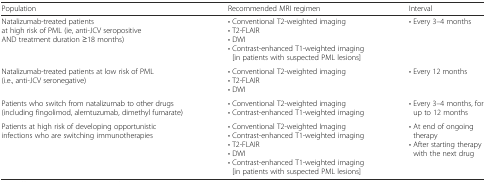
| Population | Recommended MRI regimen | Interval |
 | --- | --- | --- |
 | Natalizumab-treated patientsat high risk of PML (ie, anti-JCV seropositive AND treatment duration ≥18 months) | • Conventional T2-weighted imaging• T2-FLAIR• DWI• Contrast-enhanced T1-weighted imaging [in patients with suspected PML lesions] | • Every 3–4 months |
 | Natalizumab-treated patients at low risk of PML (i.e., anti-JCV seronegative) | • Conventional T2-weighted imaging• T2-FLAIR• DWI | • Every 12 months |
 | Patients who switch from natalizumab to other drugs (including fingolimod, alemtuzumab, dimethyl fumarate) | • Conventional T2-weighted imaging• Contrast-enhanced T1-weighted imaging | • Every 3–4 months, for up to 12 months |
 | Patients at high risk of developing opportunistic infections who are switching immunotherapies | • Conventional T2-weighted Imaging• Contrast-enhanced T1-weighted imaging• T2-FLAIR• DWI• Contrast-enhanced T1-weighted imaging [in patients with suspected PML lesions] | • At end of ongoing therapy• After starting therapy with the next drug |